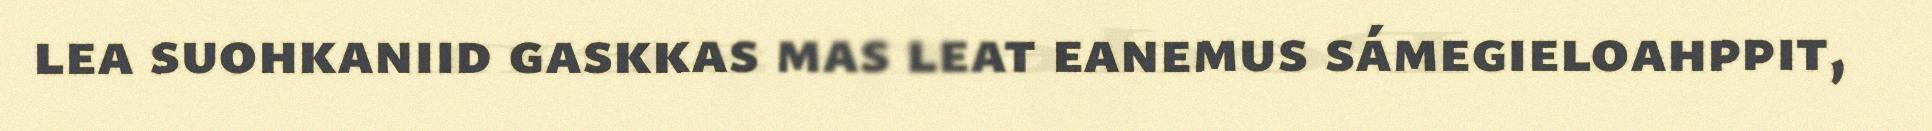
lea suohkaniid gaskkas mas leat eanemus sámegieloahppit,